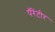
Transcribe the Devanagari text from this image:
पॅरेंटीर